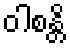
ဝါစန္တိ